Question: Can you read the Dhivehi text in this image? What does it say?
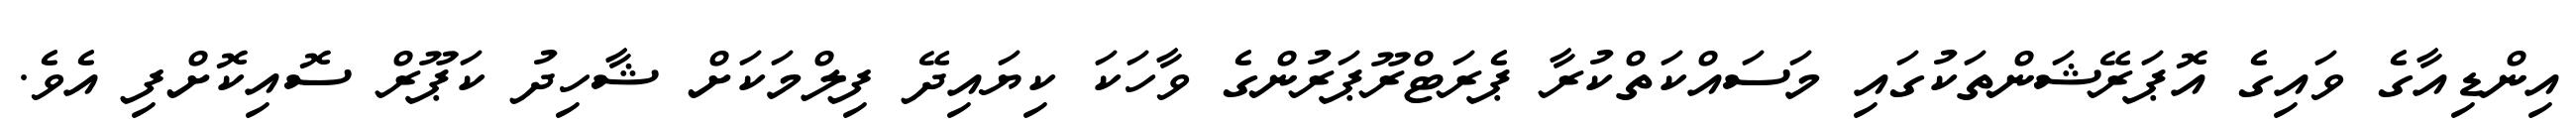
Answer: އިންޑިއާގެ ވައިގެ އޮޕަރޭޝަންތަކުގައި މަސައްކަތްކުރާ ޕެރަޓްރޫޕަރުންގެ ވާހަކަ ކިޔައިދޭ ފިލްމަކަށް ޝާހިދު ކަޕޫރް ސޮއިކޮށްފި އެވެ.